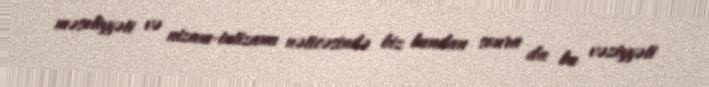
məsuliyyəti və nizam-intizamı nəticəsində biz bundan sonra da bu vəziyyəti